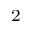
^ 2